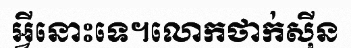
អ្វីនោះទេ។លោកថាក់ស៊ីន